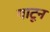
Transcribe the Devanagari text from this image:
गाटून